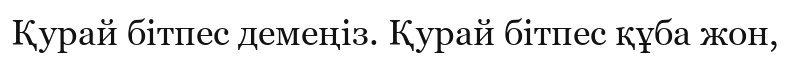
Қурай бітпес демеңіз. Қурай бітпес құба жон,